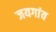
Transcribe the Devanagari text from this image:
जयगांव